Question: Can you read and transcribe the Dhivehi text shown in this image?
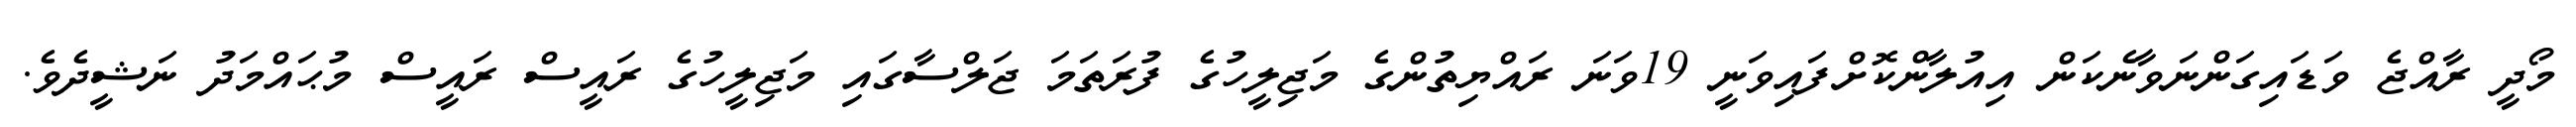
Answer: މޯދީ ރާއްޖެ ވަޑައިގަންނަވާނެކަން އިއުލާންކޮށްފައިވަނީ 19ވަނަ ރައްޔިތުންގެ މަޖިލީހުގެ ފުރަތަމަ ޖަލްސާގައި މަޖިލީހުގެ ރައީސް ރައީސް މުޙައްމަދު ނަޝީދެވެ.